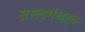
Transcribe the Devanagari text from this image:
तालगंधर्व